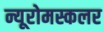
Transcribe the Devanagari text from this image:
न्यूरोमस्कलर